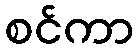
စင်ကာ